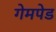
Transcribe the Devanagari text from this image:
गेमपेड